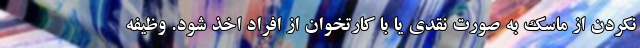
نکردن از ماسک به صورت نقدی یا با کارتخوان از افراد اخذ شود. وظیفه